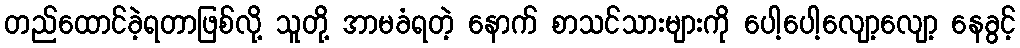
တည်ထောင်ခဲ့ရတာဖြစ်လို့ သူတို့ အာမခံရတဲ့ နောက် စာသင်သားများကို ပေါ့ပေါ့လျော့လျော့ နေခွင့်